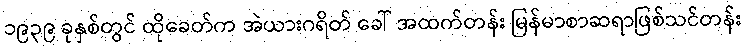
၁၉၃၉ ခုနှစ်တွင် ထိုခေတ်က အဲယားဂရိတ် ခေါ် အထက်တန်း မြန်မာစာဆရာဖြစ်သင်တန်း